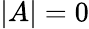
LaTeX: |A|=0